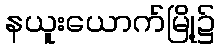
နယူးယောက်မြို့၌